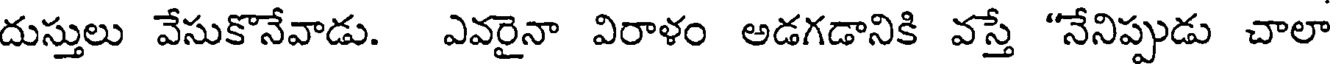
దుస్తులు వేసుకొనేవాడు. ఎవరైనా విరాళం అడగడానికి వస్తే "నేనిప్పుడు చాలా